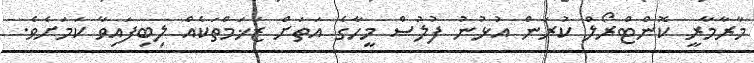
މާރާމާރީ ކޮންޓްރޯލް ކުރަން އުޅުނު ފުލުސް މީހާގެ އަތަށް ޒަޚަމްތަކެއް ލިބިފައިވާ ކަމަށެވެ.